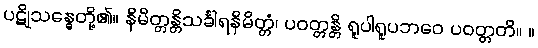
ပဋိုသန္ဓေတို့၏။ နိမိတ္တန္တိသင်္ခါရနိမိတ္တံ၊ ပဝတ္တန္တိ ရူပါရူပဘဝေ ပဝတ္တတိ။ ။